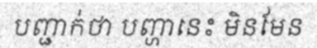
បញ្ជាក់ថា បញ្ហានេះ មិនមែន